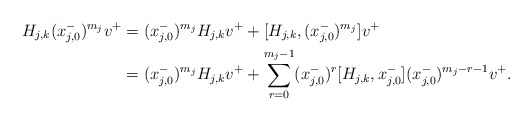
\begin{align*}H_{j,k}(x_{j,0}^{-})^{m_j}v^{+}&= (x_{j,0}^{-})^{m_j}H_{j,k}v^{+}+[H_{j,k},(x_{j,0}^{-})^{m_j}]v^{+}\\&=(x_{j,0}^{-})^{m_j}H_{j,k}v^{+}+\sum_{r=0}^{m_j-1}(x_{j,0}^{-})^{r}[H_{j,k},x_{j,0}^{-}](x_{j,0}^{-})^{m_j-r-1}v^{+}.\end{align*}